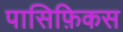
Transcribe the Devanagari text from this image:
पासिफ़िकस